Annual administration report of the Civil Veterinary Department, Ajmere-Merwara, British Rajputana - 1914-1940
Year: 1914
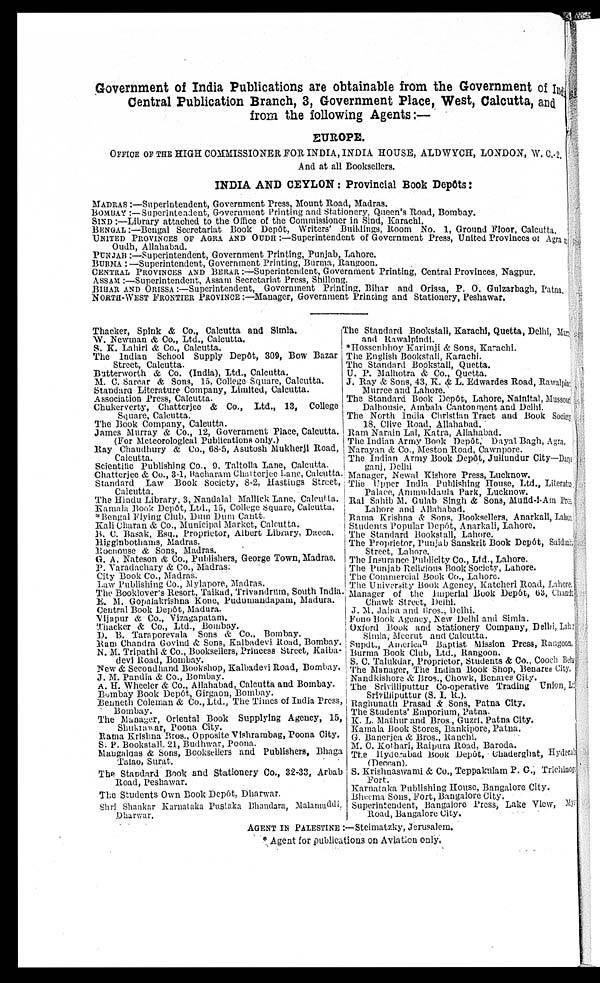
Government of India Publications are obtainable from the Government of India
Central Publication Branch, 3, Government Place, West, Calcutta, and
from the following Agents:—
EUROPE.
OFFICE OF THE HIGH COMMISSIONER FOR INDIA, INDIA HOUSE, ALDWYCH, LONDON, W. C.-2.
And at all Booksellers.
INDIA AND CEYLON: Provincial Book Depôts:
MADRAS:—Superintendent, Government Press, Mount Road, Madras.
BOMBAY:— Superintendent, Government Printing and Stationery, Queen's Road, Bombay.
SIND:—Library attached to the Office of the Commissioner in Sind, Karachi.
BENGAL:— Bengal Secretariat Book Dep6t, Writers' Buildings, Room No. 1, Ground Floor. Calcutta
UNITED PROVINCE OF AGRA AND OUDH:—Superintendent of Government Press, United Provinces of Agra-
Oudh, Allahabad.
PUNJAB:—Superintendent, Government Printing, Punjab, Lahore.
BURMA:—Superintendent, Government Printing, Burma, Rangoon.
CENTRAL PROVINCES AND BERAR:—Superintendent, Government Printing, Central Provinces, Nagpur.
ASSAM :—Superintendent, Assam Secretariat Press, Shillong.
BIHAR AND ORISSA:—Superintendent, Government Printing Bihar and Orissa, P. O. Gulzarbagh, Patna.
NORTH-WEST FROTIER PROVINCE :—Manager, Government Printing and Stationery, Peshawar.
Thacker, Spink & Co., Calcutta and Simla.
W. Newman & Co., Ltd., Calcutta.
S. K. Lahiri & Co., Calcutta.
The Indian School Supply Depôt, 309, Bow Bazar
Street, Calcutta.
Butterworth & Co. (India), Ltd., Calcutta.
M. C. Sarcar & Sons, 15, College Square, Calcutta.
Standard Literature Company, Limited, Calcutta.
Association Press, Calcutta.
Chukerverty, Chatterjee & Co., Ltd., 13, College
Square, Calcutta.
The Book Company, Calcutta.
James Murray & Co., 12, Government Place, Calcutta.
(For Meteorological Publications only.)
Ray Chaudhury & Co., 68-5, Asutosh Mukherji Road,
Calcutta.
Scientific Publishing Co., 9. Taltolla Lane, Calcutta.
Chatterjee & Co., 3-1, Bacharam Chsiterjee Lane, Calcutta
Standard Law Book Society, 8-2, Hastings Street,
Calcutta.
The Hindu Library 3, Nandalal Mallick Lane, Calcutta.
Kamala Book Depôt, Ltd., 15, College square, Calcutta.
Bengal Flying Club, Dum Dum Cantt.
Kali Charan & Co., Municipal Market, Calcutta.
B. C. Basak Esq., Proprietor, Albert Library, Dacca.
Higginbothams, Madras.
Rochouse & Sons, Madras.
G. A. Nateson & Co., Publishers, George Town, Madras.
P. Varadachary & Co., Madras.
City Book Co., Madras.
Law Publishing Co., .Mylapore, Madras.
The Booklover's Resort, Taikad, Trivandrum, South India
E. M. Gopalakrishna Kone, Pudunandapam, Madura.
Central Book Depôt, Madura.
Vijnpur & Co., Vizagapatam.
Thacker & Co., Ltd., Bombay.
D. B. Taraporevala Sons & Co., Bombay.
Ram Chandra Govind & Sons, Kalbadevi Road, Bombay.
N. M. Tripathi & Co., Booksellers, Princess Street, Kalba-
devi Road, Bombay.
New & Secondhand Bookshop, Kalbadevi Road, Bombay.
J. M. Pandia & Co., Bombay.
A. H. Wheeler & Co., Allahabad, Calcutta and Bombay.
Bombay Book Depôt., Girgaon, Bombay.
Benneth Coleman & Co., Ltd., The Times of India Press,
Bombay.
The Manager, Oriental Book Supplying Agency, 15,
Shukrawar, Poona City.
Rama Krishna Bros., Opposite Vishrambag, Poona City.
S. P. Bookstall. 21, Budhwar, Poona.
Mangaldas & Sons, Booksellers and Publishers, Bhaga
Talao, Surat.
The Standard Book and Stationery Co., 32-33, Arbab
Road, Peshawar.
The Students Own Book Depót, Dhanwar.
Shri Shankar Karnataka Pustaka Bhandara, Malamuddi.
Dharwar.
The Standard Bookstall, Karachi, Quetta, Delhi, M
and Rawalpindi.
*Hossenbhoy Karimji & Sons, Karachi.
The English Bookstall, Karachi.
The Standard Bookstall, Quetta.
U. P. Malhotra & Co., Quetta.
J. Ray & Sons, 43, K. & L. Edwardes Road, Rawalpindi
Murrce and Lahore.
The Standard Book Depót, Lahore, Nainital, Mussau
Dalhousie, Ambala Cantonment and Delhi.
The North India Christian Tract and Book Socince
18, Clive Road. Allahabad.
Ram Narain Lal, Katra, Allahabad.
The Indian Army Book Depôt. Dayal Bagh, Agra.
Narayan & Co., Meston Road, Cawnpore.
The Indian Army Book Depot, Jullundur City—Dar
ganj, Delhi
Manager, Newal Kishore Press, Lucknow.
The Upper India Publishing House, Ltd., Literature
Palace, Annmnddaula Park, Lucknow.
Ral Sahib M. Culab Singh & Sons, Mufid-i-Am Press
Lahore and Allahabad.
Rama Krishna & Sons, Booksellers, Anarkall, Lahore.
Students Popular Depôt, Anarkali, Lahore.
The Standard Bookstall, Lahore.
The Proprietor, Punjab Sanskrit Book Depôt, Saidm
Street, Lahore.
The Insurance Publicity Co., Ltd., Lahore.
The Punjab Religious Book Society, Lahore.
The Commercial Book Co., Lahore.
The University Book Agency, Katcheri Road, Lahore.
Manager of the Imperial Book Depôt, 63, Chandni
Chawk Street, Delhi.
J. M. Jaina and Bros., Delhi.
Fono Book Agency, New Delhi and Simla.
Oxford Book and stationery Company, Delhi, Lahore
Simla, Meerut and Calcutta.
Supdt., American Baptist Mission Press, Rangoon.
Burma Book Club, Ltd., Rangoon.
S. C. Talukdar, Proprietor, Students & Co., Cooch Beh
The Manager, The Indian Book Shop, Benares City.
Nandkishore & Bros., Chowk, Benares City.
The Srivilliputtur Co-operative Trading Union, L
Srivilliputtur (S. I. R.).
Raghunath Prasad & Sons, Patna City.
The Students' Emporium, Patna.
K. L. Mathur and Bros., Guzri, Patna City.
Kamala Book Stores, Bankipore, Patna.
G. Banerjea & Bros., Ranchi.
M. C. Kothari, Raipura Road, Baroda.
The Hyderabad Book Depôt, Chaderghat, Hyderabad
(Deccan).
S. Krishnaswami & Co., Teppakulam P. C., Trichinci-
Fort.
Karnataka Publishing House, Bangalore City.
Bheema Sons. Fort, Bangalore City.
Superintendent, Bangalore Press, Lake View, My
Road, Bangalore City.
AGENT IN PALESTINE:—Steimatzky, Jerusalem.
* Agent for publications on Aviation only.